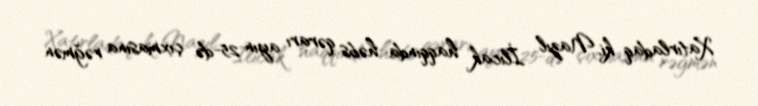
Xatırladaq ki, Nazıl İlıcak haqqında həbs qərarı ayın 25-də çıxmasına rəğmən